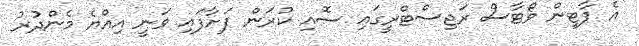
އެ ޕާޓީން ވޯޓާސް ރަޖިސްޓްރީގައި ސޮއި ކުރަން ފަށާފައި ވަނީ އިއްޔެ މެންދުރު